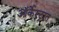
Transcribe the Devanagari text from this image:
ऑर्केस्ट्रात